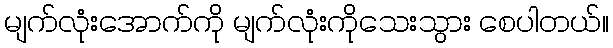
မျက်လုံးအောက်ကို မျက်လုံးကိုသေးသွား စေပါတယ်။